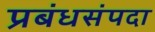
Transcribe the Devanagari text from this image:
प्रबंधसंपदा